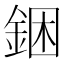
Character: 𰼮